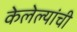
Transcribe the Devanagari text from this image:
केलेल्यांची